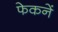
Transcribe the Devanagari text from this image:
फेकनें